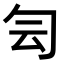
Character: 𠣓